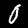
Digit: 0